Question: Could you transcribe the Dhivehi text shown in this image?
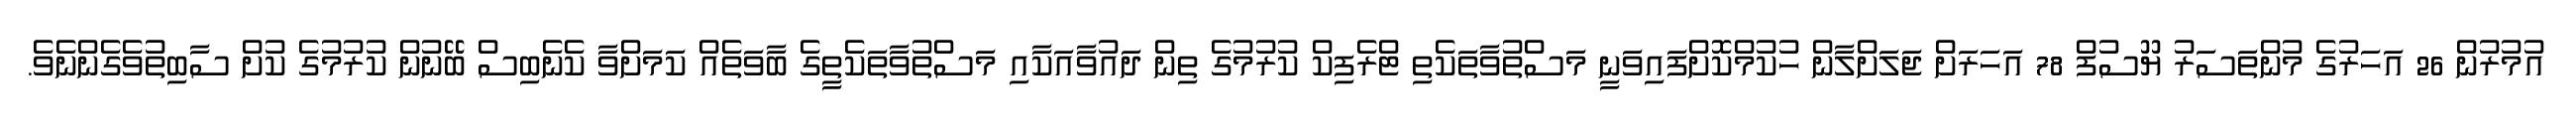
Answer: އުމުރުން 26 އަހަރުގެ މުންތަސަރު ޔޫސުފް 78 އަހަރަށް ޖަލަށްލާން ހުކުމްކޮށްފައިވަނީ މަސްތުވާތަކެތި ޓްރެފިކް ކުރުމުގެ ތިން ދައުވާއަކާއި މަސްތުވާތަކެތީގެ ބާވަތެއް ކަމަށްވާ ކެނެބިސް ބޭނުން ކުރުމުގެ ކުށް ސާބިތުވެގެންނެވެ.